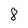
Character: 8